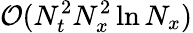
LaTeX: \mathcal{O}(N_{t}^{2}N_{x}^{2}\ln N_{x})